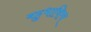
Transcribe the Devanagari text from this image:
बहुभाषित्व